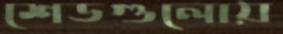
শেডগুলোয়